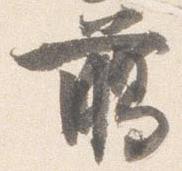
臈